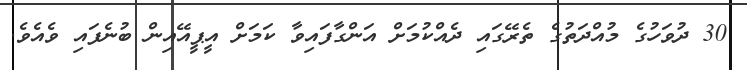
30 ދުވަހުގެ މުއްދަތުގެ ތެރޭގައި ދެއްކުމަށް އަންގާފައިވާ ކަަމަށް އީޕީއޭއިން ބުނެފައި ވެއެވެ.